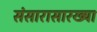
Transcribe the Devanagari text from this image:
संसारासारख्या